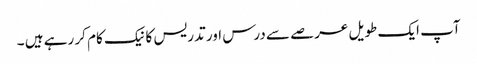
آپ ایک طویل عرصے سے درس اور تدریس کا نیک کام کر رہے ہیں ۔